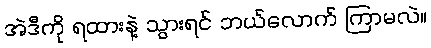
အဲဒီကို ရထားနဲ့ သွားရင် ဘယ်လောက် ကြာမလဲ။